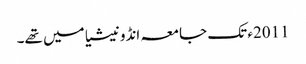
2011ء تک جامعہ انڈونیشیا میں تھے۔